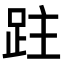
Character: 跓